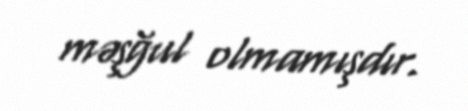
məşğul olmamışdır.